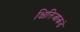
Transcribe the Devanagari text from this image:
क्षितिजाकडे